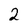
Character: 2